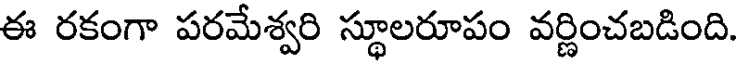
ఈ రకంగా పరమేశ్వరి స్థూలరూపం వర్ణించబడింది.